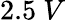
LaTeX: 2.5~V